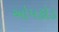
ઓપકોડ